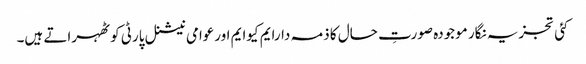
کئی تجزیہ نگار موجودہ صورتِ حال کا ذمہ دارایم کیوایم اورعوامی نیشنل پارٹی کو ٹھہراتے ہیں۔